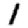
Digit: 1